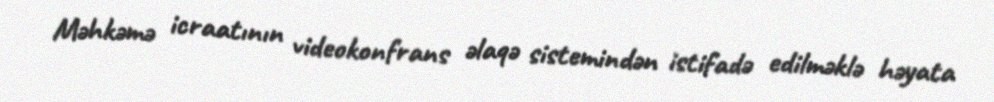
Məhkəmə icraatının videokonfrans əlaqə sistemindən istifadə edilməklə həyata